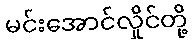
မင်းအောင်လှိုင်တို့